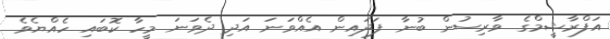
އަފްރާޝީމްގެ ވާރިސުން ބުނާ ފަދައިން އެއްވަނަ އަދި ދެވަނަ މީހާ ކޮބައި ހެއްޔެވެ